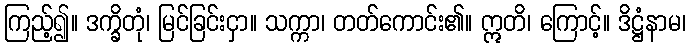
ကြည့်၍။ ဒက္ခိတုံ၊ မြင်ခြင်းငှာ။ သက္ကာ၊ တတ်ကောင်း၏။ ဣတိ၊ ကြောင့်။ ဒိဋ္ဌံနာမ၊